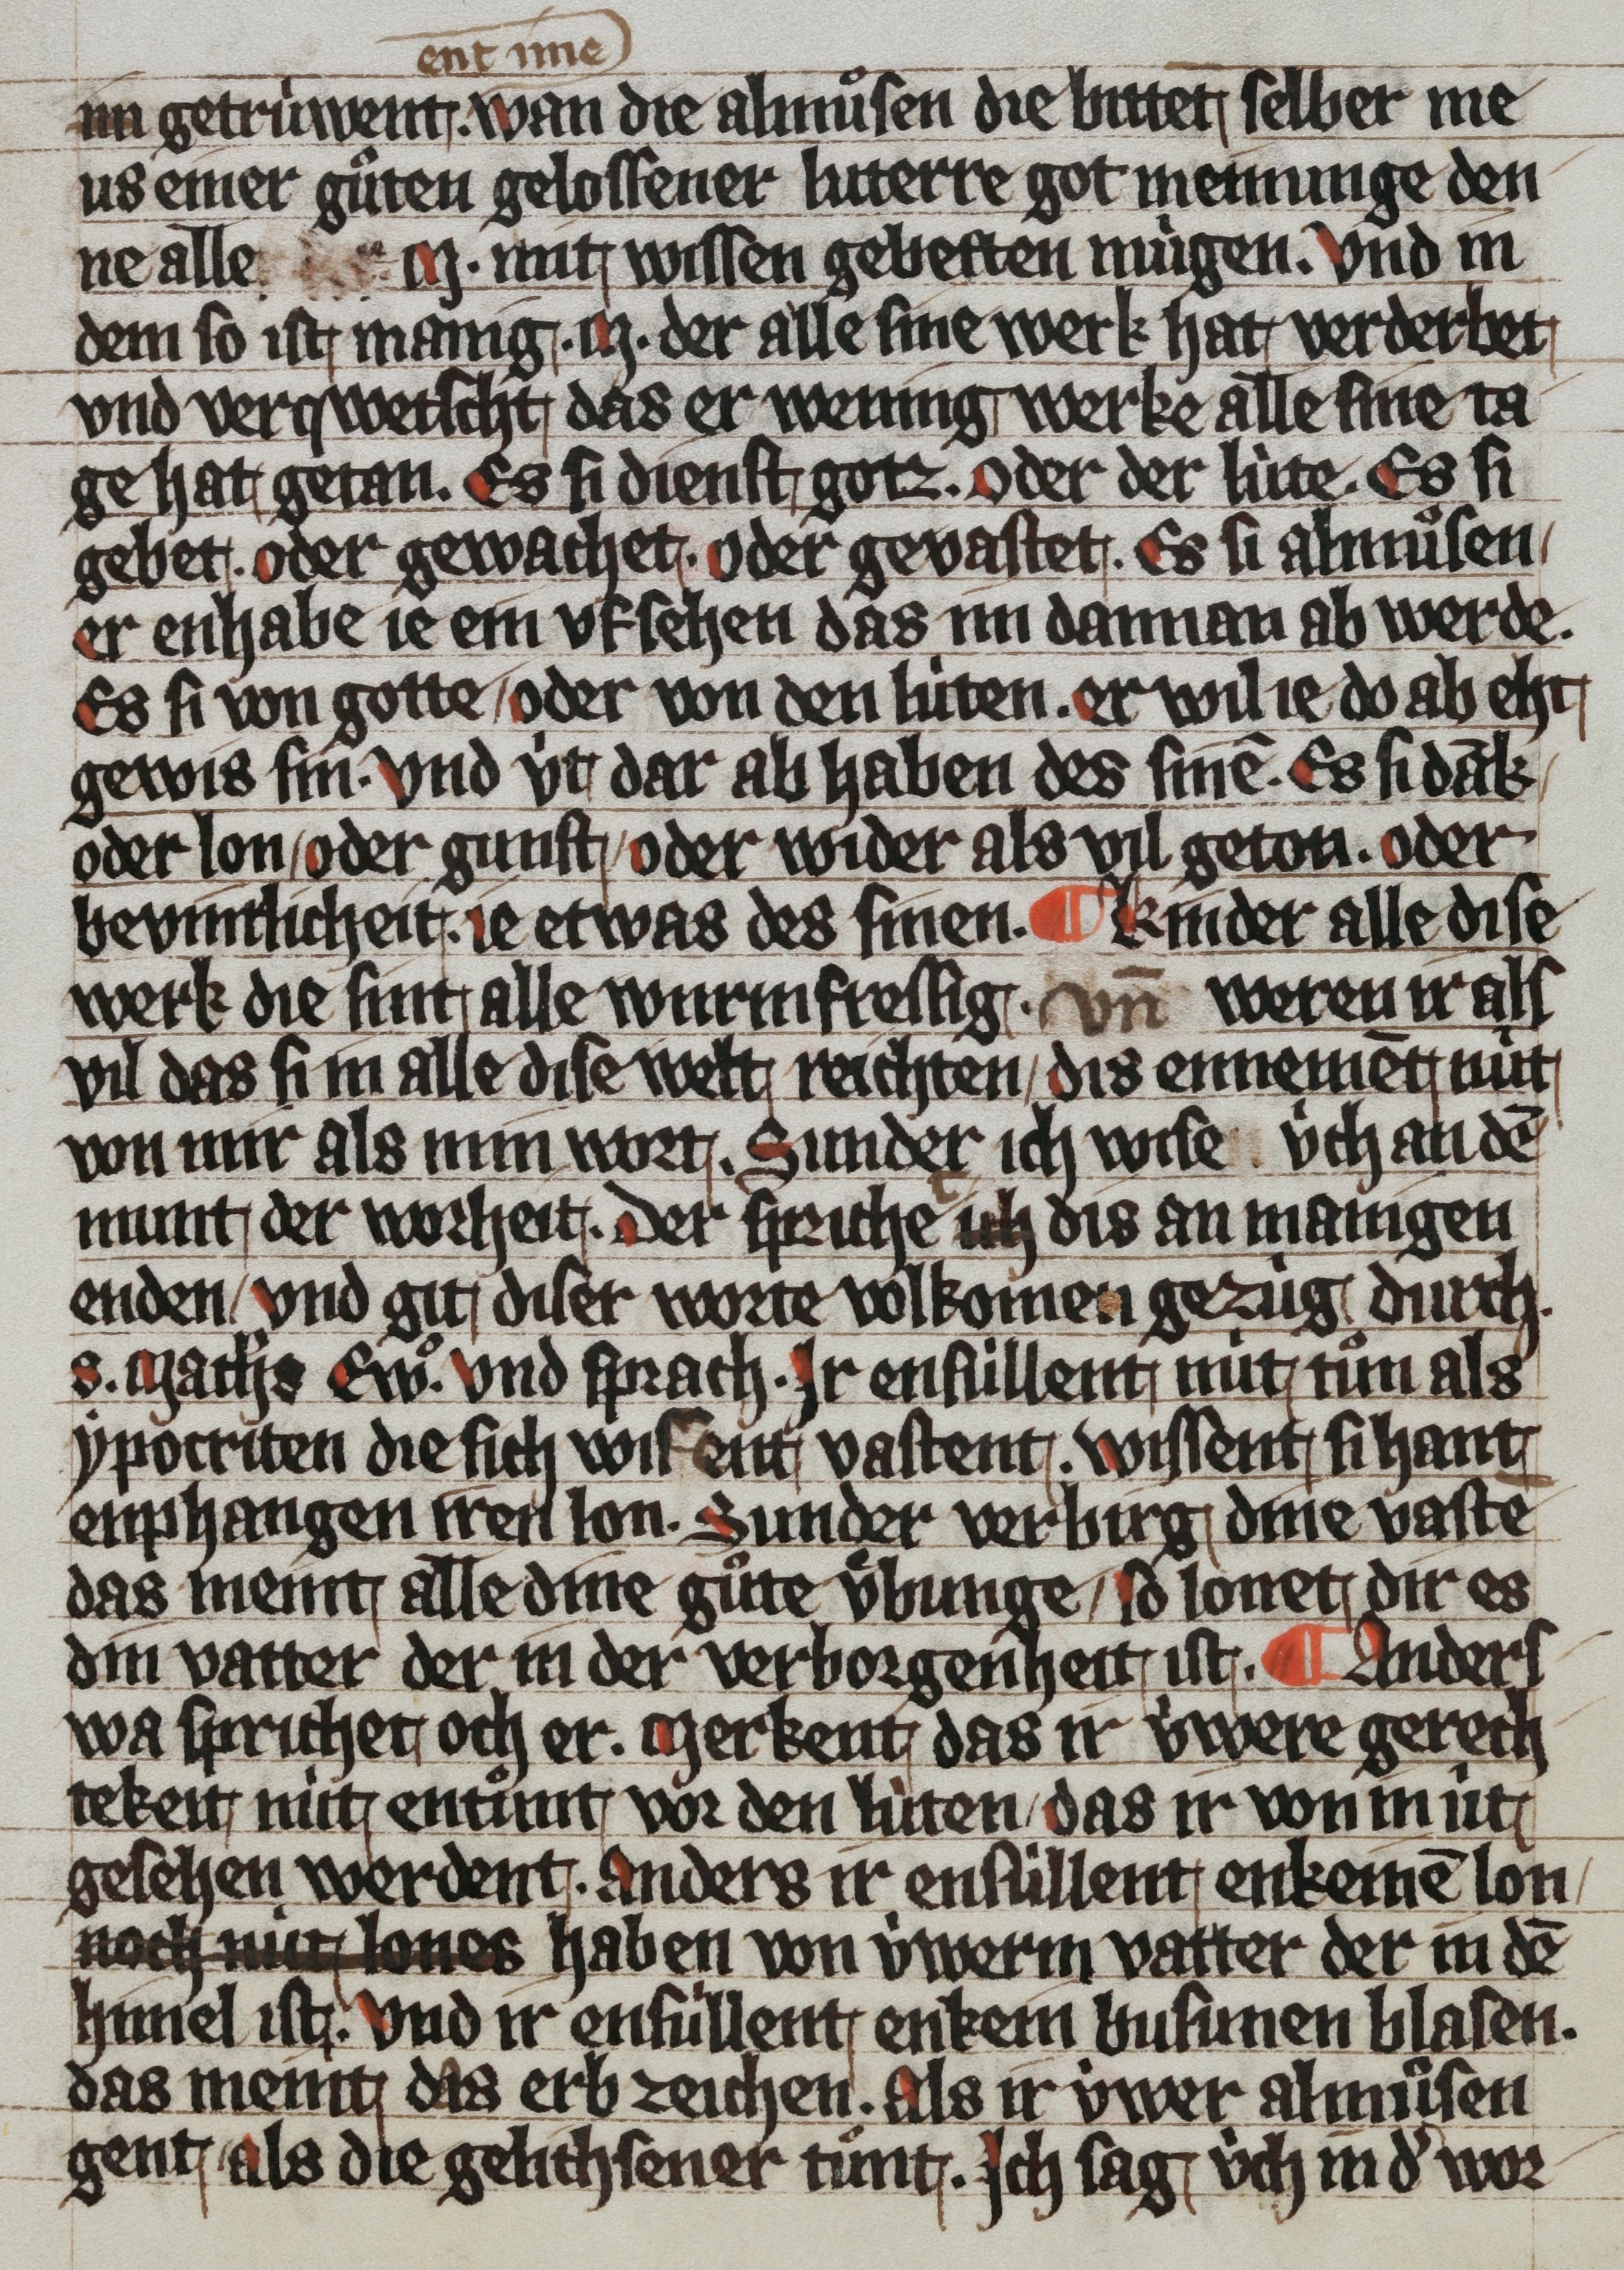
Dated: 1359–1359